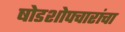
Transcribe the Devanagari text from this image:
षोडशोपचारांचा